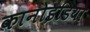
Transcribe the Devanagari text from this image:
कानोइडिया